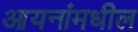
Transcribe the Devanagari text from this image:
आयनांमधील